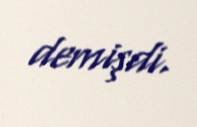
demişdi.